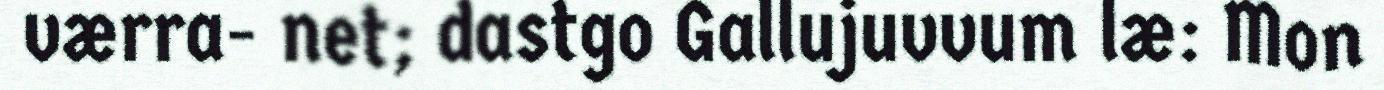
værra- net; dastgo Gallujuvvum læ: Mon